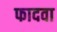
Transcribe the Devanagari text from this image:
फादवा